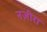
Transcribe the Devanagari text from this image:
नज़ीरा